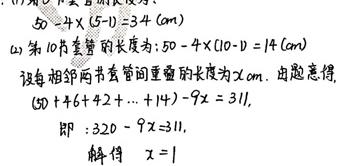
\[
\begin{align*}
&(1) \ 50 - 4\times(5 - 1)=34(\text{cm})\\
&(2) \text{第}10\text{节套管的长度为}:50 - 4\times(10 - 1)=14(\text{cm})\\
&\text{设相邻两节套管间重叠的长度为}x\text{cm}.\text{ 由题意得}\\
&(50 + 46 + 42+\cdots + 14)-9x = 311,\\
&\text{即}:320 - 9x = 311,\\
&\text{解得 }x = 1
\end{align*}
\]